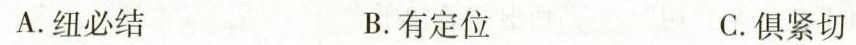
A.纽必结 B.有定位 C.俱紧切